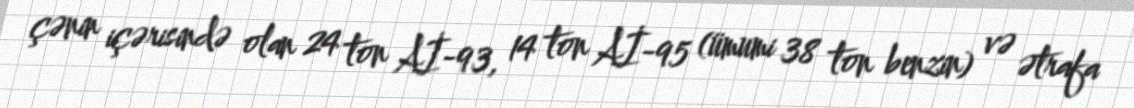
çənin içərisində olan 24 ton Aİ-93, 14 ton Aİ-95 (ümumi 38 ton benzin) və ətrafa